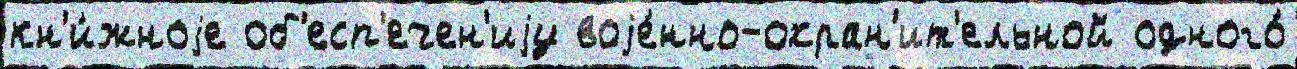
кн'и́жноjе об'есп'ечен'иjу воjе́нно-охран'ит'ельной одного́